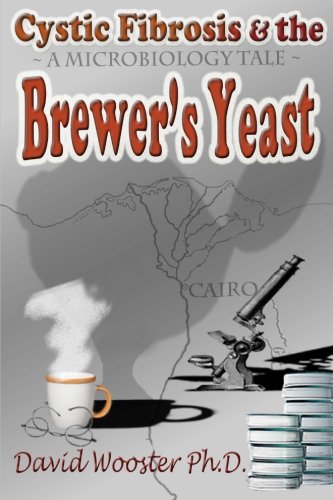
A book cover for Cystic Fibrosis & the Brewer's Yeast: A Microbiology Tale; David G. Wooster; Health, Fitness & Dieting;